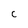
Character: c